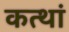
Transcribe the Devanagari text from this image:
कत्थां